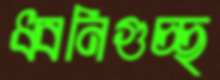
ধ্বনিগুচ্ছ